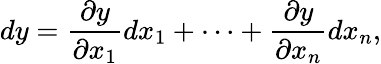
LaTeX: dy={\frac{\partial y}{\partial x_{1}}}dx_{1}+\cdots+{\frac{\partial y}{\partial x_{n}}}dx_{n},